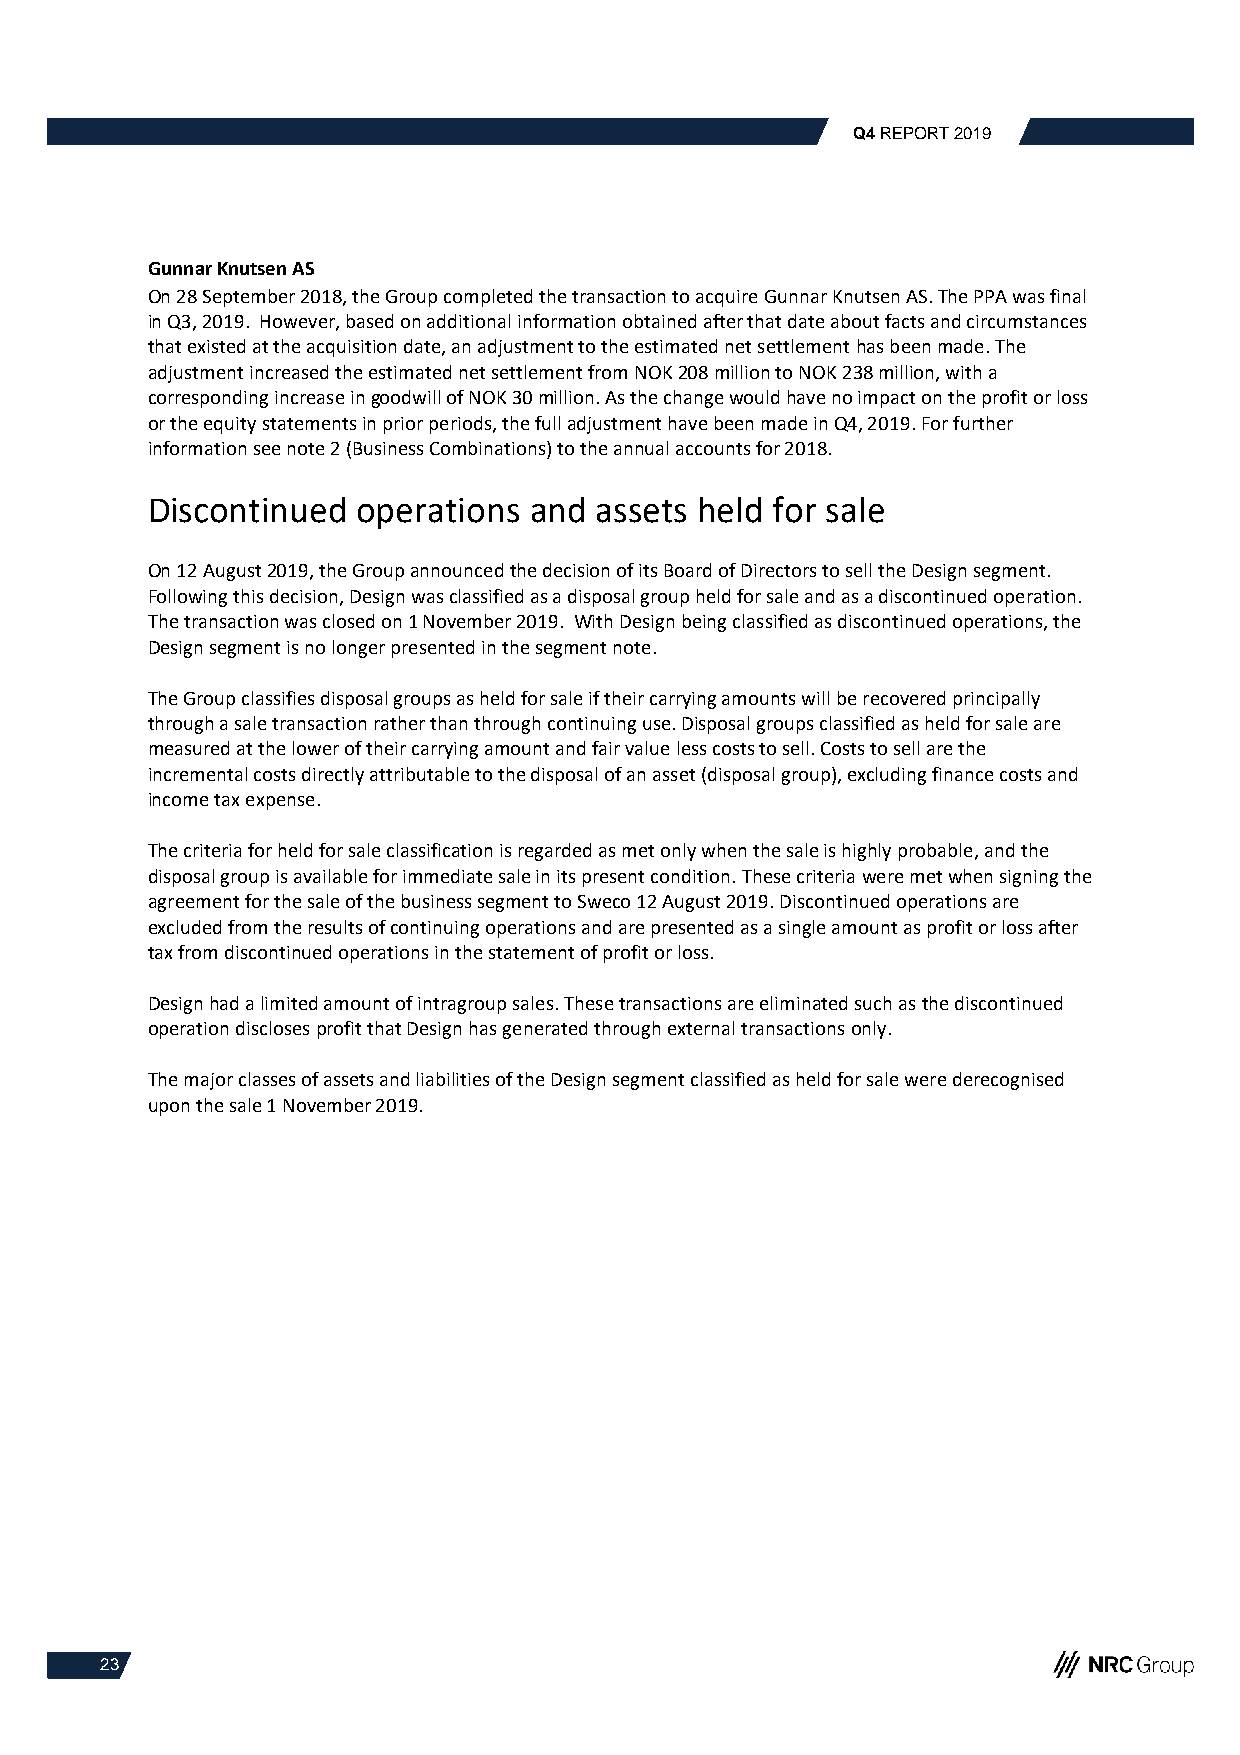
Q4 REPORT 2019
 Gunnar Knutsen AS
 On 28 September 2018, the Group completed the transaction to acquire Gunnar Knutsen AS. The PPA was final
 in Q3, 2019. However, based on additional information obtained after that date about facts and circumstances
 that existed at the acquisition date, an adjustment to the estimated net settlement has been made. The
 adjustment increased the estimated net settlement from NOK 208 million to NOK 238 million, with a
 corresponding increase in goodwill of NOK 30 million. As the change would have no impact on the profit or loss
 or the equity statements in prior periods, the full adjustment have been made in Q4, 2019. For further
 information see note 2 (Business Combinations) to the annual accounts for 2018.
 Discontinued  operations and assets held for sale
 On 12 August 2019, the Group announced the decision of its Board of Directors to sell the Design segment.
 Following this decision, Design was classified as a disposal group held for sale and as a discontinued operation.
 The transaction was closed on 1 November 2019. With Design being classified as discontinued operations, the
 Design segment is no longer presented in the segment note.
 The Group classifies disposal groups as held for sale if their carrying amounts will be recovered principally
 through a sale transaction rather than through continuing use. Disposal groups classified as held for sale are
 measured at the lower of their carrying amount and fair value less costs to sell. Costs to sell are the
 incremental costs directly attributable to the disposal of an asset (disposal group), excluding finance costs and
 income tax expense.
 The criteria for held for sale classification is regarded as met only when the sale is highly probable, and the
 disposal group is available for immediate sale in its present condition. These criteria were met when signing the
 agreement for the sale of the business segment to Sweco 12 August 2019. Discontinued operations are
 excluded from the results of continuing operations and are presented as a single amount as profit or loss after
 tax from discontinued operations in the statement of profit or loss.
 Design had a limited amount of intragroup sales. These transactions are eliminated such as the discontinued
 operation discloses profit that Design has generated through external transactions only.
 The major classes of assets and liabilities of the Design segment classified as held for sale were derecognised
 upon the sale 1 November 2019.
 23